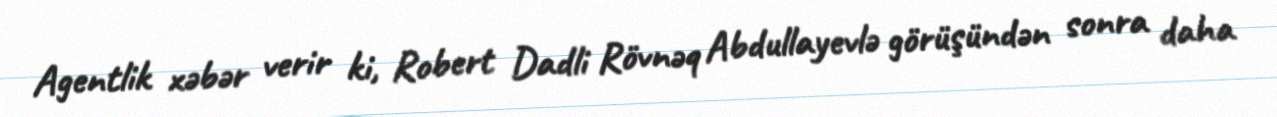
Agentlik xəbər verir ki, Robert Dadli Rövnəq Abdullayevlə görüşündən sonra daha